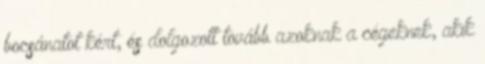
bocsánatot kért, és dolgozott tovább azoknak a cégeknek, akik